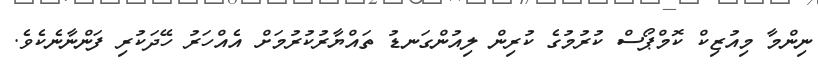
ނިންމާ މިއުޒިކް ކޮމްޕޯސް ކުރުމުގެ ކުރިން ލިއުންގަނޑު ތައްޔާރުކުރުމަށް އެއްހަރު ހޭދަކުރި ފަންނާނެކެވެ.